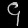
Digit: ၄